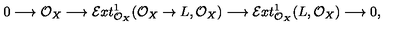
0 \longrightarrow \mathcal { O } _ { X } \longrightarrow \mathcal { E } x t _ { \mathcal { O } _ { X } } ^ { 1 } ( \mathcal { O } _ { X } \to L , \mathcal { O } _ { X } ) \longrightarrow \mathcal { E } x t _ { \mathcal { O } _ { X } } ^ { 1 } ( L , \mathcal { O } _ { X } ) \longrightarrow 0 ,